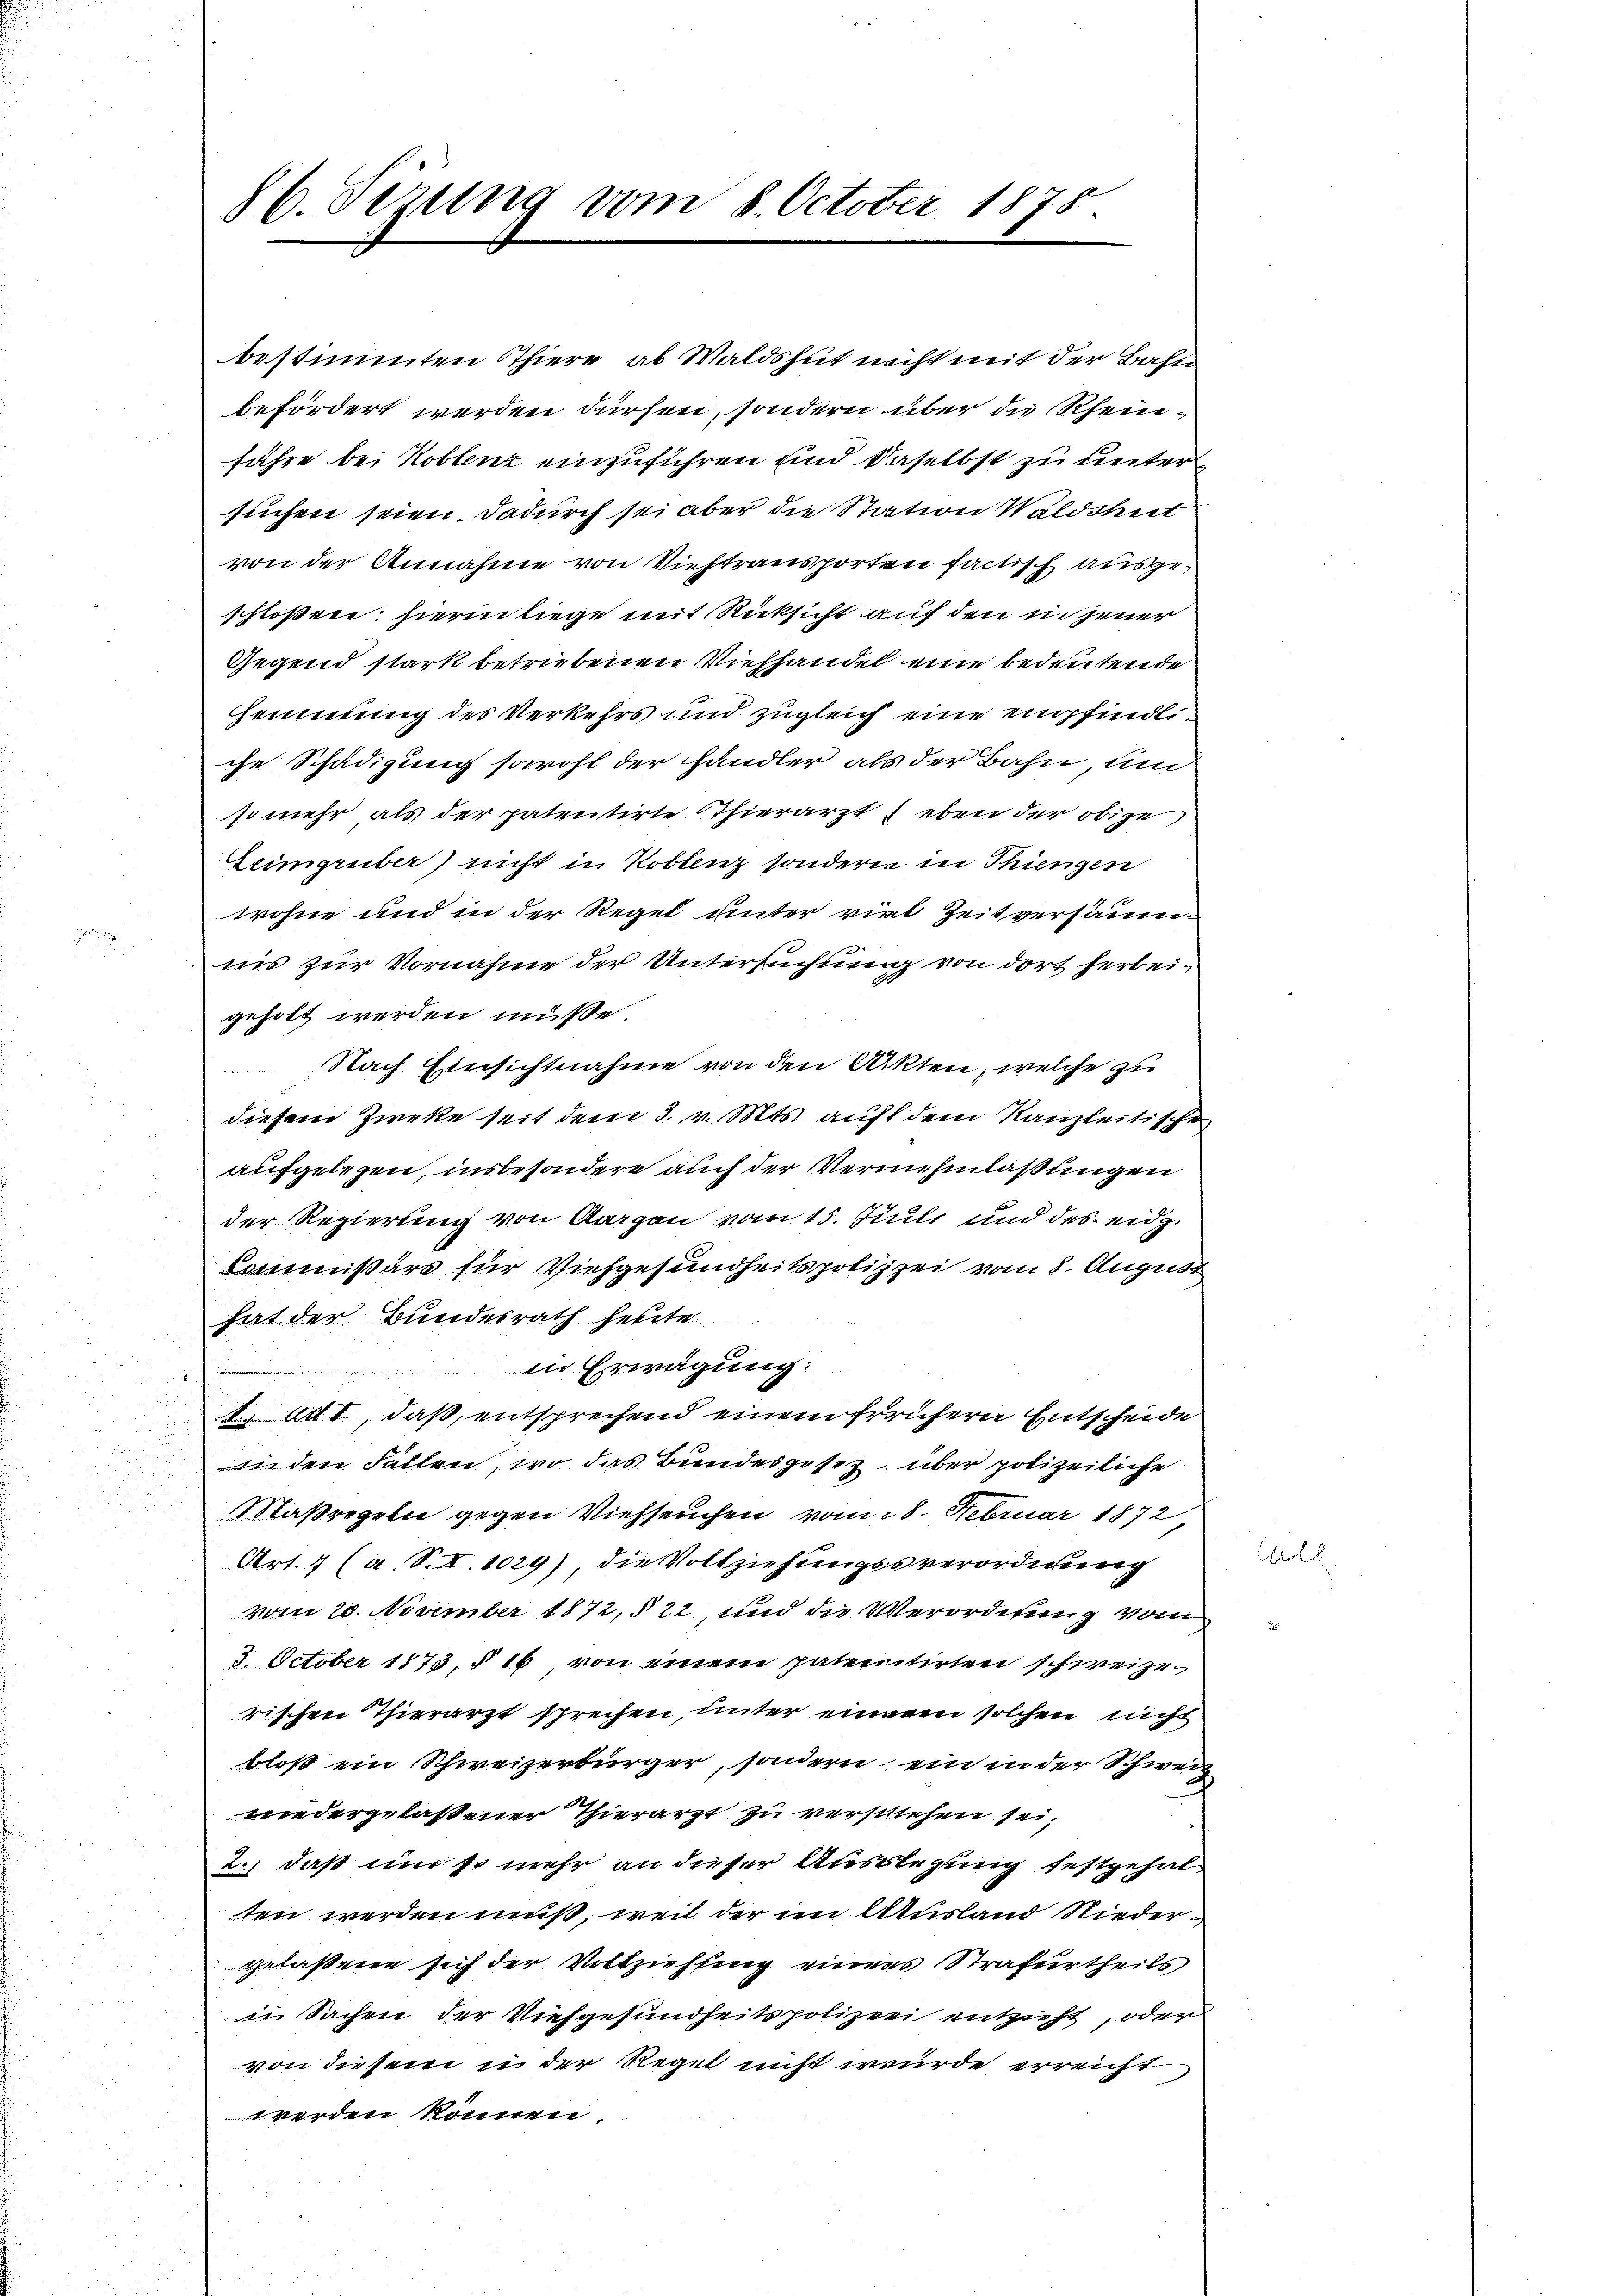
86. Sezung vom 8. October 1875.

bestimmten Thiere ab Waldshut nicht mit der Bahn
befördert werden dürfen, sondern über die Rheinfahre bei Koblenz einzuführen sind daselbst zu unter
suchen seien. Dadurch sei aber die Station Waldsheit
von der Annahme von Viehtransporten factisch ausgeschloßen; hierin liege mit Rücksicht auf den in jener
Gegend stark betriebenen Viehhandel eine bedeutende
Hemmung des Verkehrs und zugleich eine empfindliche Schädigung sowohl der händler als der Bahn, um
so mehr als der patentirte Thierarzt eben der obige
Zeimgrüber nicht in Koblenz sondern in Thiengen
wohne und in der Regel unter viel Zeitversäumnis zur Vornahme der Untersuchung von dort herbeigeholt werden müße.
Nach Einsichtnahme von den Akten, welche zu
diesem Zweke seit dem 3. v. Mts. auf dem Kanzleitischen
aufgelegen, insbesondere auch der Vermuhmlassungen
der Regierung von Aargau vom 15. Juli und des eidg.
Commißärs für Viehgesundheitspolizei vom 8. August
hat der Bundesrath heute
in Erwägung:
S. Art. I., daß, entsprechend einem frühern Entscheide
in den Fallen, wo das Bundesgesez über polizeiliche
Maßregeln gegen Viehseuchen vom 8. Februar 1872
Art. 1 (a. S. I. 1029), die Vollziehungssverordnung
vom 20. November 1872, § 22 und die Verordnung vom
3. October 1873, § 16 von einem patentirten schweize
rischen Thierarzt sprechen, unter einem solchen nicht
bloß ein Schweizerbürger, sondern ein in der Schweiz
wiedergelassener Thierarzt zu verschehen sei,
2.) daß um so mehr an dieser Auslegung festgehalten werden muß, weil der im Ausland Niedergelassene sich der Vollziehung eines Strafurtheils,
in Sachen der Niesgesundheitspolizei entzieht, oder
von diesem in der Regel nicht wurde erreicht
werden können.